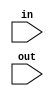
module SignExtend(in, out);

    parameter IN_SIZE = 16, OUT_SIZE = 32;
    input [(IN_SIZE-1):0] in;
    input [(OUT_SIZE-1):0] out;
    assign out = {{(OUT_SIZE-IN_SIZE){in[(IN_SIZE-1)]}},in[(IN_SIZE-1):0]};

endmodule